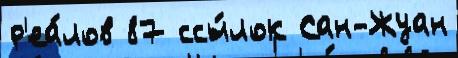
р'еа́лов 87 ссы́лок Сан-Жуан